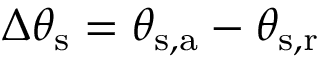
\Delta \theta _ { \mathrm { { s } } } = \theta _ { \mathrm { { s , a } } } - \theta _ { \mathrm { { s , r } } }